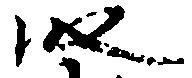
段